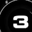
Digit: 3